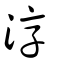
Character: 淳